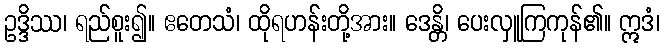
ဥဒ္ဒိဿ၊ ရည်စူး၍။ ဧတေသံ၊ ထိုရဟန်းတို့အား။ ဒေန္တိ၊ ပေးလှူကြကုန်၏။ ဣဒံ၊